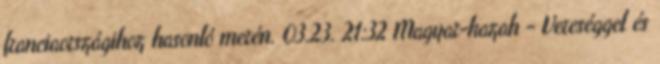
franciaországihoz hasonló merén. 03.23. 21:32 Magyar-kazah - Vereséggel és